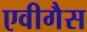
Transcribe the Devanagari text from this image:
एवीगैस